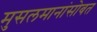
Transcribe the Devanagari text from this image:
मुसलमानांसोबत